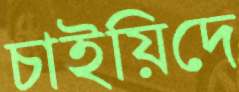
চাইয়িদে